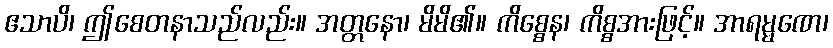
ဧသာပိ၊ ဤစေတနာသည်လည်း။ အတ္တနော၊ မိမိ၏။ ကိစ္စေန၊ ကိစ္စအားဖြင့်။ အာရမ္မဏေ၊